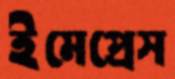
ইমেপ্রেস